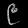
Digit: ၉